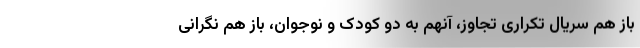
باز هم سریال تکراری تجاوز، آنهم به دو کودک و نوجوان، باز هم نگرانی